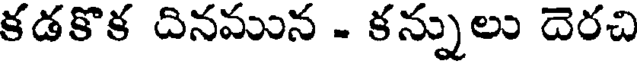
కడకొక దినమున - కన్నులు దెరచి